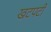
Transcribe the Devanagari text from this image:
खटपटी